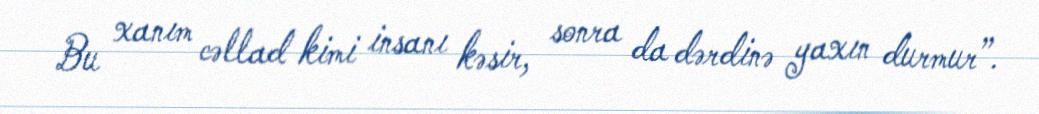
Bu xanım cəllad kimi insanı kəsir, sonra da dərdinə yaxın durmur”.